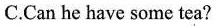
C.Can he have some tea?